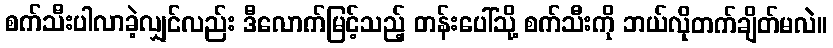
စက်သီးပါလာခဲ့လျှင်လည်း ဒီလောက်မြင့်သည့် တန်းပေါ်သို့ စက်သီးကို ဘယ်လိုတက်ချိတ်မလဲ။